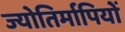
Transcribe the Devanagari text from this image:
ज्योतिर्मापियों